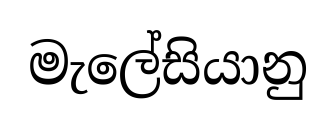
මැලේසියානු